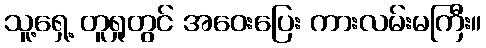
သူ့ရှေ့ တူရှုတွင် အဝေးပြေး ကားလမ်းမကြီး။